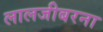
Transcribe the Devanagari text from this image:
लालजीबरना